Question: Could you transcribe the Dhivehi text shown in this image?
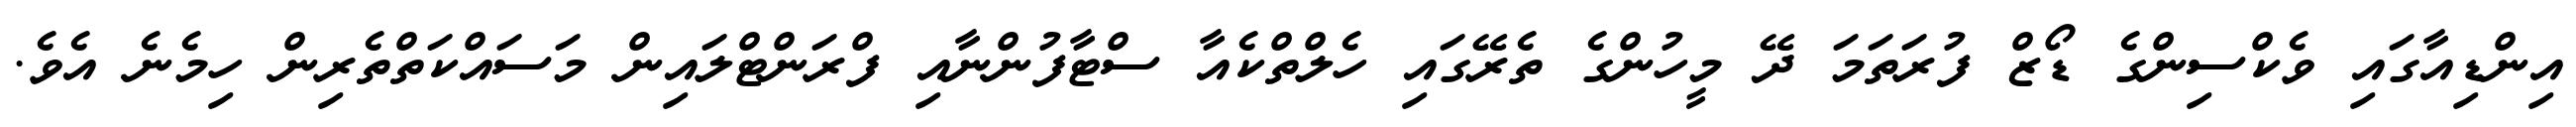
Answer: އިންޑިއާގައި ވެކްސިންގެ ޑޯޒް ފުރަތަމަ ދޭ މީހުންގެ ތެރޭގައި ހެލްތްކެއާ ސްޓާފުންނާއި ފްރަންޓްލައިން މަސައްކަތްތެރިން ހިމެނެ އެވެ.